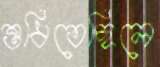
শুধিতেছিলে